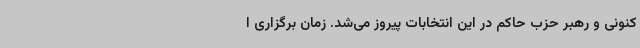
کنونی و رهبر حزب حاکم در این انتخابات پیروز می‌شد. زمان برگزاری ا